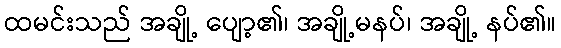
ထမင်းသည် အချို့ ပျော့၏၊ အချို့မနပ်၊ အချို့ နပ်၏။